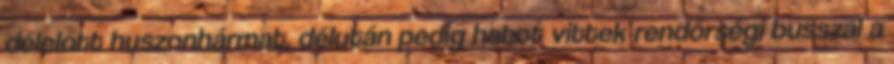
délelőtt huszonhármat, délután pedig hatot vittek rendőrségi busszal a